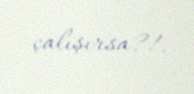
çalışırsa?!.